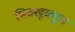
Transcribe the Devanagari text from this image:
भिक्खूकडून